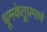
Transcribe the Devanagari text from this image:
धूमकेतूप्रमाणे